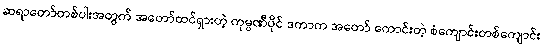
ဆရာတော်တစ်ပါးအတွက် အတော်ထင်ရှားတဲ့ ကုမ္ပဏီပိုင် ဒကာက အတော် ကောင်းတဲ့ စံကျောင်းတစ်ကျောင်း